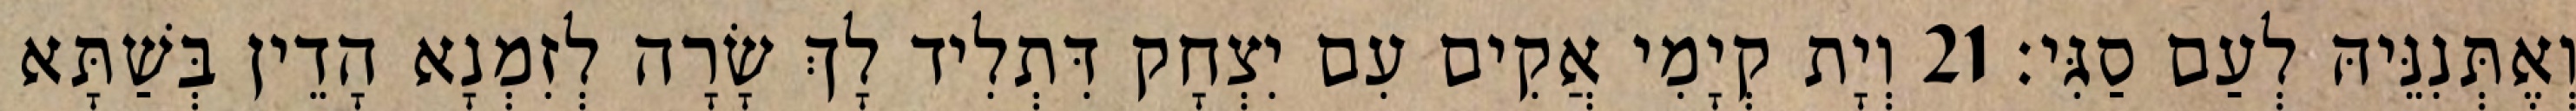
וְאֶתְּנִנֵּיהּ לְעַם סַגִּי׃ 21 וְיָת קְיָמִי אֲקִים עִם יִצְחָק דִּתְלִיד לָךְ שָׂרָה לְזִמְנָא הָדֵין בְּשַׁתָּא